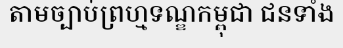
តាមច្បាប់ព្រហ្មទណ្ឌកម្ពុជា ជនទាំង